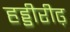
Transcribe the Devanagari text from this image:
हड्डीरीढ़